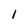
Character: l